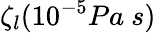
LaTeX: \zeta_{l}(10^{-5}Pa\ s)